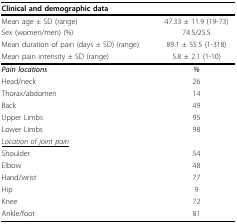
| <COLSPAN=2> Clinical and demographic data |
 | --- | --- |
 | Mean age ± SD (range) | 47.33 ± 11.9 (19-73) |
 | Sex (women/men) (%) | 74.5/25.5 |
 | Mean duration of pain (days ± SD) (range) | 89.1 ± 55.5 (1-318) |
 | Mean pain intensity ± SD (range) | 5.8 ± 2.1 (1-10) |
 | Pain locations | % |
 | Head/neck | 26 |
 | Thorax/abdomen | 14 |
 | Back | 49 |
 | Upper Limbs | 95 |
 | Lower Limbs | 98 |
 | <underline>Location of joint pain</underline> |  |
 | Shoulder | 54 |
 | Elbow | 48 |
 | Hand/wrist | 77 |
 | Hip | 9 |
 | Knee | 72 |
 | Ankle/foot | 81 |